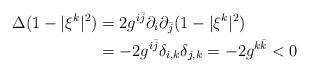
LaTeX: \begin{align*}\Delta (1-|\xi^k|^2)&=2g^{i\bar{j}}\partial_i\partial_{\bar{j}} (1-|\xi^k|^2) \\&=-2g^{i\bar{j}}\delta_{i,k}\delta_{j,k}=-2g^{k\bar{k}}<0 \end{align*}